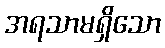
အရသာမရှိသော